Madras plague regulations and rules for district municipalities and other towns and villages
Disease focus: Plague
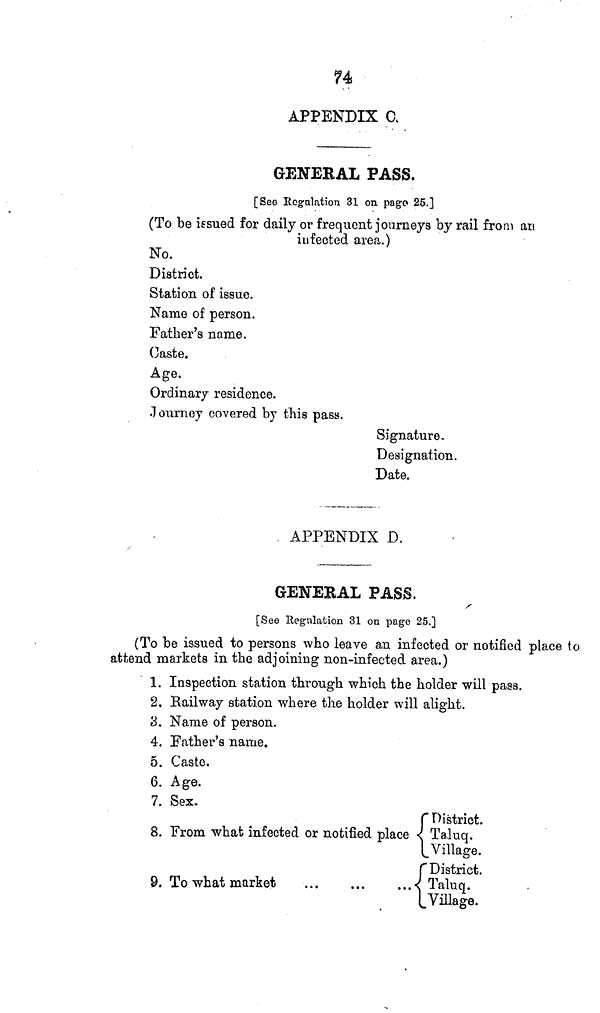
74
APPENDIX C.
GENERAL PASS.
[See Regulation 31 on page 25.]
(To be issued for daily or frequent journeys by rail from an
infected area.)
No.
District.
Station of issue.
Name of person.
Father's name.
Caste.
Age.
Ordinary residence.
Journey covered by this pass.
Signature.
Designation.
Date.
APPENDIX D.
GENERAL PASS.
[See Regulation 31 on page 25.]
(To be issued to persons who leave an infected or notified place to
attend markets in the adjoining non-infected area.)
1. Inspection station through which the holder will pass.
2. Railway station where the holder will alight.
3. Name of person.
4. Father's name.
5. Caste.
6. Age.
7. Sex.
8. From what infected or notified place
9. To what market
District.
Taluq.
Village.
District.
Taluq.
Village.